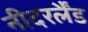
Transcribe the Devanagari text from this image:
नीदरर्लैंड